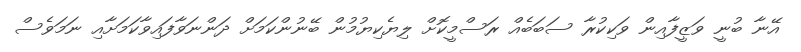
އޭނާ ބުނީ ވަޒީފާއިން ވަކިކުރާ ސަބަބެއް ރަސްމީކޮށް ލިޔެކިޔުމުން ބޭނުންކަމަށް ދަންނަވާފައިވާކަމަށާއި ނަމަވެސް